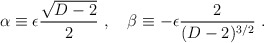
\begin{align*}\alpha\equiv\epsilon {\sqrt{D-2}\over 2}~,~~~\beta\equiv-\epsilon {2\over (D-2)^{3/2}}~.\end{align*}